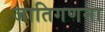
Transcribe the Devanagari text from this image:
जातिगणना